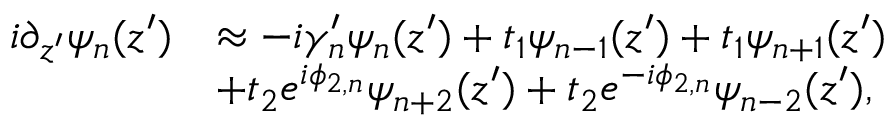
\begin{array} { r l } { i \partial _ { z ^ { \prime } } \psi _ { n } ( z ^ { \prime } ) } & { \approx - i \gamma _ { n } ^ { \prime } \psi _ { n } ( z ^ { \prime } ) + t _ { 1 } \psi _ { n - 1 } ( z ^ { \prime } ) + t _ { 1 } \psi _ { n + 1 } ( z ^ { \prime } ) } \\ & { + t _ { 2 } e ^ { i \phi _ { 2 , n } } \psi _ { n + 2 } ( z ^ { \prime } ) + t _ { 2 } e ^ { - i \phi _ { 2 , n } } \psi _ { n - 2 } ( z ^ { \prime } ) , } \end{array}